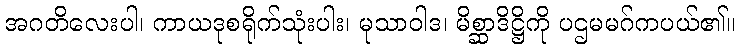
အဂတိလေးပါ၊ ကာယဒုစရိုက်သုံးပါး၊ မုသာဝါဒ၊ မိစ္ဆာဒိဋ္ဌိကို ပဌမမဂ်ကပယ်၏။